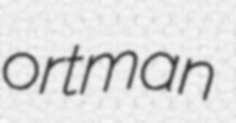
ortman